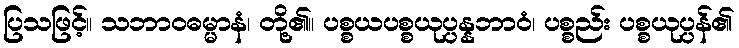
ပြသဖြင့်။ သဘာဝဓမ္မာနံ၊ တို့၏။ ပစ္စယပစ္စယုပ္ပန္နဘာဝံ၊ ပစ္စည်း ပစ္စယုပ္ပန်၏